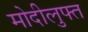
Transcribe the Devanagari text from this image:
मोदीलुफ्त